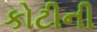
કોટીની